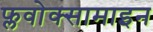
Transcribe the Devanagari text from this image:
फ्लवोक्सामाइन